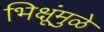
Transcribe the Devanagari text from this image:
भिक्षूंमुळे